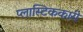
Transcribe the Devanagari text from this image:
प्लास्टिककारी